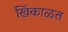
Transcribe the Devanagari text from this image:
खिंकाळत